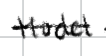
Text: Model
Cross-out: single-line
Writing tool: digital_black